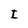
Character: I